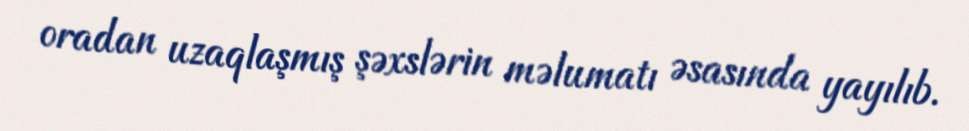
oradan uzaqlaşmış şəxslərin məlumatı əsasında yayılıb.